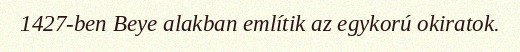
1427-ben Beye alakban említik az egykorú okiratok.